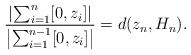
\begin{align*}\frac{\left|\sum_{i=1}^n[0,z_i]\right|}{\left|\sum_{i=1}^{n-1}[0,z_i]\right|}=d(z_n,H_n).\end{align*}